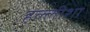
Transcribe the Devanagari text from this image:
हल्लीशा